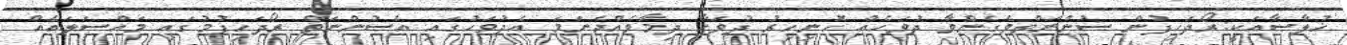
ޚުލާޞާއަކީ:ރޯދަހިފުން ސުންނަތްވެގެންވާ ދުވަހެއް ހޮނިހިރު ދުވަހާ ދިމާވެއްޖެނަމަ އެދުވަހުގައި އެސުންނަތް ރޯދަހިފުމުގައި މައްސަލައެއް